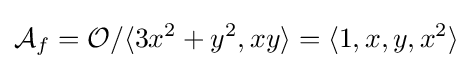
{\mathcal {A}}_{f}={\mathcal {O}}/\langle 3x^{2}+y^{2},xy\rangle =\langle 1,x,y,x^{2}\rangle